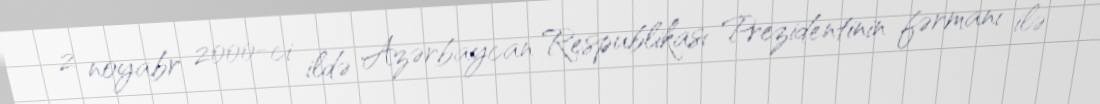
2 noyabr 2000-ci ildə Azərbaycan Respublikası Prezidentinin fərmanı ilə